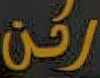
ركن